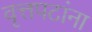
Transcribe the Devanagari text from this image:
वृत्तपटांना